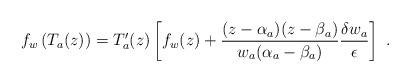
LaTeX: \begin{align*}f_w\left( T_a(z)\right) =T'_a(z)\left[ f_w(z) +\frac{(z -\alpha _a)(z -\beta _a)}{w_a(\alpha _a -\beta _a)} \frac{\delta w_a}{\epsilon }\right] \ .\end{align*}